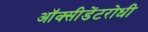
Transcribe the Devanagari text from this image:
ऑक्सीडेंटरोधी